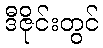
ဒီဇိုင်းတွင်